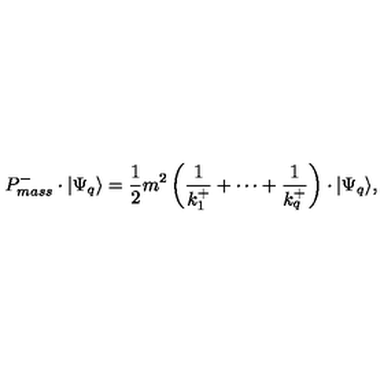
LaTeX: P _ { m a s s } ^ { - } \cdot \vert \Psi _ { q } \rangle = \frac { 1 } { 2 } m ^ { 2 } \left( \frac { 1 } { k _ { 1 } ^ { + } } + \cdots + \frac { 1 } { k _ { q } ^ { + } } \right) \cdot \vert \Psi _ { q } \rangle ,